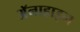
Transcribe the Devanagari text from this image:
अॅनाहाइम